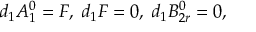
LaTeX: d _ { 1 } A _ { 1 } ^ { 0 } = F , \; d _ { 1 } F = 0 , \; d _ { 1 } B _ { 2 r } ^ { 0 } = 0 ,